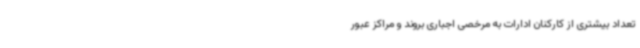
تعداد بیشتری از کارکنان ادارات به مرخصی اجباری بروند و مراکز عبور